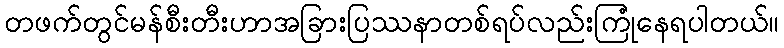
တဖက်တွင်မန်စီးတီးဟာအခြားပြဿနာတစ်ရပ်လည်းကြုံနေရပါတယ်။